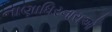
નાણાધિરનારાઓ